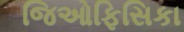
જિઓફિસિકા